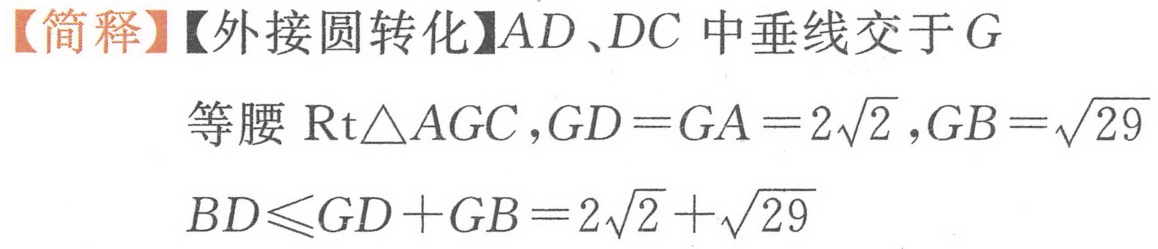
【简释】【外接圆转化】$AD、DC$ 中垂线交于 $G$
等腰 $\mathrm{Rt}\triangle AGC,GD = GA = 2\sqrt{2},GB=\sqrt{29}$
$BD\leqslant GD + GB=2\sqrt{2}+\sqrt{29}$